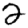
Digit: 2